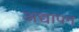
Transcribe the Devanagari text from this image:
अद्यापन